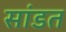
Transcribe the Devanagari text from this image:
सांडत